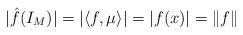
LaTeX: \begin{align*}|\hat{f}(I_M)| = |\langle f,\mu \rangle| = |f(x)| = \|f\|\end{align*}